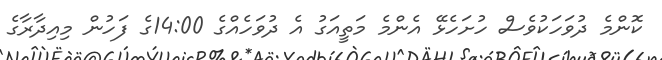
ކޮންމެ ދުވަހަކުވެސް ހުށަހެޅޭ އެންމެ މަތީއަގު އެ ދުވަހެއްގެ 14:00ގެ ފަހުން މިއިދާރާގެ